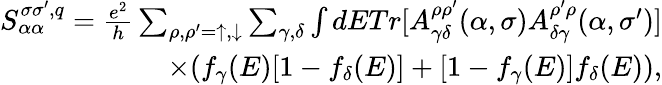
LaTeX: \begin{array}{r}{S_{\alpha\alpha}^{\sigma\sigma^{\prime},q}=\frac{e^{2}}{h}\sum_{\rho,\rho^{\prime}=\uparrow,\downarrow}\sum_{\gamma,\delta}\int dETr[A_{\gamma\delta}^{\rho\rho^{\prime}}(\alpha,\sigma)A_{\delta\gamma}^{\rho^{\prime}\rho}(\alpha,\sigma^{\prime})]}\\ {\times(f_{\gamma}(E)[1-f_{\delta}(E)]+[1-f_{\gamma}(E)]f_{\delta}(E)),}\end{array}